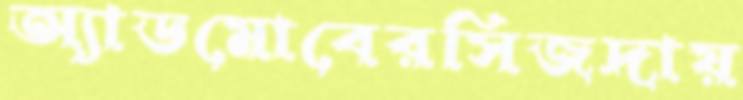
অ্যাডমোবেরসিজদায়